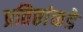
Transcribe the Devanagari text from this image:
प्रतिष्ठांकडे